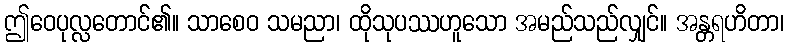
ဤဝေပုလ္လတောင်၏။ သာစေဝ သမညာ၊ ထိုသုပဿဟူသော အမည်သည်လျှင်။ အန္တရဟိတာ၊